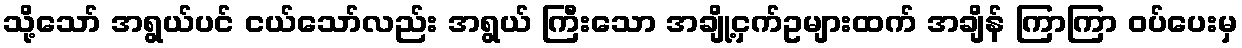
သို့သော် အရွယ်ပင် ငယ်သော်လည်း အရွယ် ကြီးသော အချို့ငှက်ဥများထက် အချိန် ကြာကြာ ဝပ်ပေးမှ